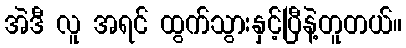
အဲဒီ လူ အရင် ထွက်သွားနှင့်ပြီနဲ့တူတယ်။